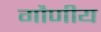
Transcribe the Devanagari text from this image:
गौणीय